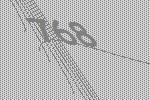
768